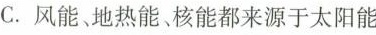
C. 风能、地热能、核能都来源于太阳能